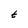
Character: t